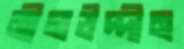
নীলউদ্দীন